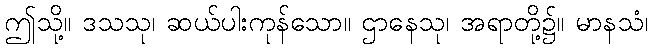
ဤသို့။ ဒသသု၊ ဆယ်ပါးကုန်သော။ ဌာနေသု၊ အရာတို့၌။ မာနသံ၊